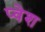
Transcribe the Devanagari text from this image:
प्वेश